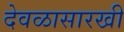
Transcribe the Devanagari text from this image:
देवळासारखी